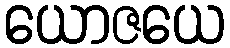
ယောဇယေ